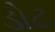
ડોટ